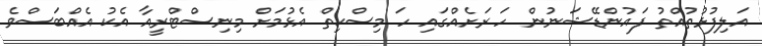
އަލިފުޅުތުއްތު ފައުންޑޭޝަނުން ހަ ރަށެއްގައި ހަ މިސްކިތް އެޅުމަށް މިނިސްޓްރީއާ އެކު އެއްބަސްވެ